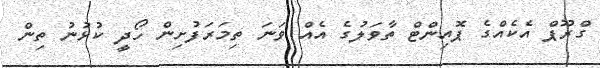
ގްރޫޕް އެކެއްގެ ޕޮއިންޓް ތާވަލުގެ އެއް ވަނަ ތިމަރަފުށިން ހޯދީ ކުޅުނު ތިން